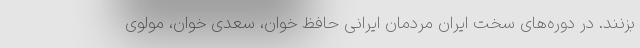
بزنند. در دوره‌های سخت ایران مردمان ایرانی حافظ خوان، سعدی خوان، مولوی